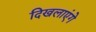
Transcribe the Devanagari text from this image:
दिखलाएंगे